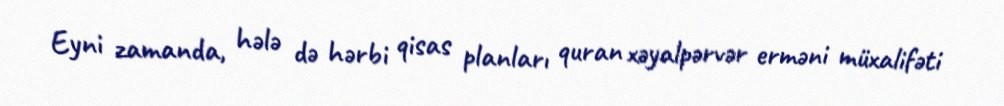
Eyni zamanda, hələ də hərbi qisas planları quran xəyalpərvər erməni müxalifəti